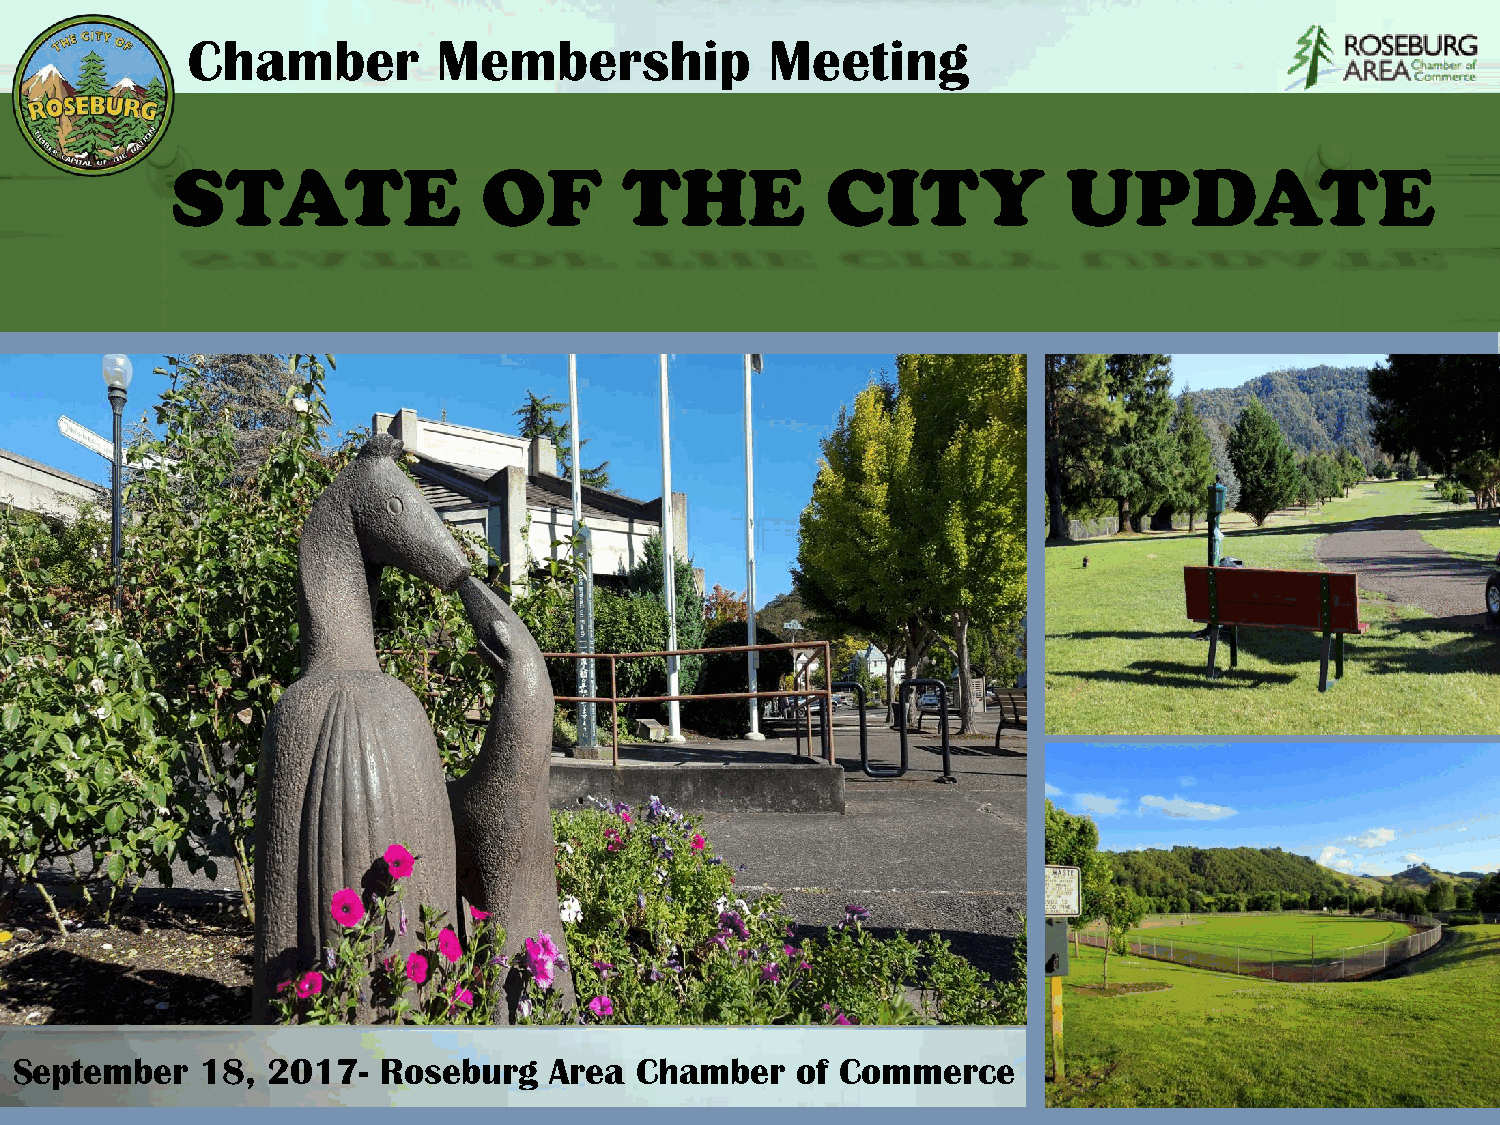
Chamber          Membership            Meeting
 STATE                OF       THE           CITY            UPDATE
 September   18,  2017-  Roseburg   Area  Chamber    of Commerce